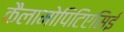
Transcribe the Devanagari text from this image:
कैलामोपिटिएसिई